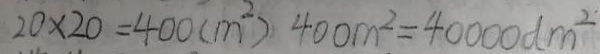
2 0 \times 2 0 = 4 0 0 ( m ^ { 2 } ) 4 0 0 m ^ { 2 } = 4 0 0 0 0 d m ^ { 2 }